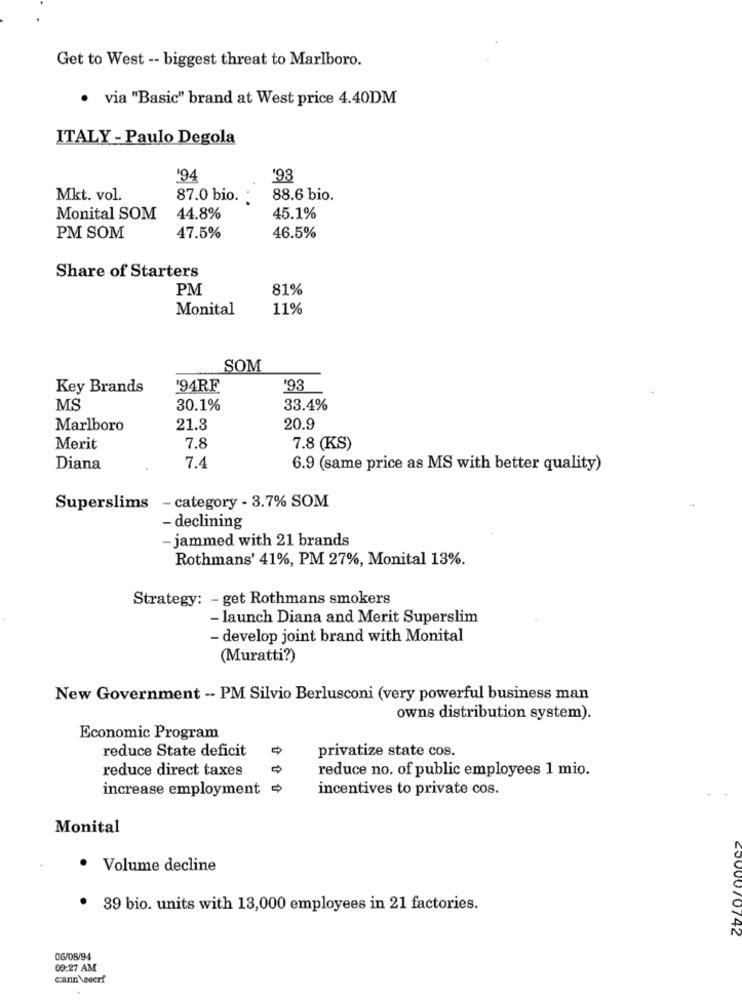
Get to West -- biggest threat to Marlboro.
· via "Basic" brand at West price 4.40DM
ITALY - Paulo Degola
'94
'93
Mkt. vol.
87.0 bio. :
88.6 bio.
Monital SOM
44.8%
45.1%
PM SOM
47.5%
46.5%
Share of Starters
PM
81%
Monital
11%
SOM
Key Brands
'94RF
193
MS
30.1%
33.4%
Marlboro
21.3
20.9
Merit
7.8
7.8 (KS)
Diana
7.4
6.9 (same price as MS with better quality)
- category - 3.7% SOM
Superslims
- declining
- jammed with 21 brands
Rothmans' 41%, PM 27%, Monital 13%.
Strategy: - get Rothmans smokers
- launch Diana and Merit Superslim
- develop joint brand with Monital
(Muratti?)
New Government -- PM Silvio Berlusconi (very powerful business man
owns distribution system).
Economic Program
reduce State deficit
privatize state cos.
reduce direct taxes
reduce no. of public employees 1 mio.
increase employment
incentives to private cos.
Monital
· Volume decline
· 39 bio. units with 13,000 employees in 21 factories.
60000/0742
06/08/94
09:27 AM
cann \eecrf